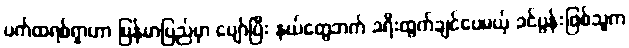
ပက်ထရစ်ရှာဟာ မြန်မာပြည်မှာ ပျော်ပြီး နယ်တွေဘက် ခရီးထွက်ချင်ပေမယ့် ခင်ပွန်းဖြစ်သူက